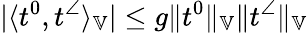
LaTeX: |\langle t^{0},t^{\angle}\rangle_{\mathbb{V}}|\le g\| t^{0}\| _{\mathbb{V}}\| t^{\angle}\| _{\mathbb{V}}